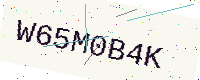
Text: W65M0B4K